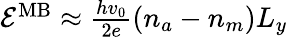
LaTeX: \begin{array}{r}{{\cal E}^{\mathrm{MB}}\approx{\frac{hv_{0}}{2e}}(n_{a}-n_{m})L_{y}}\end{array}